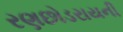
રણછોડરાયની